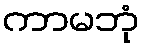
ကာမဘုံ